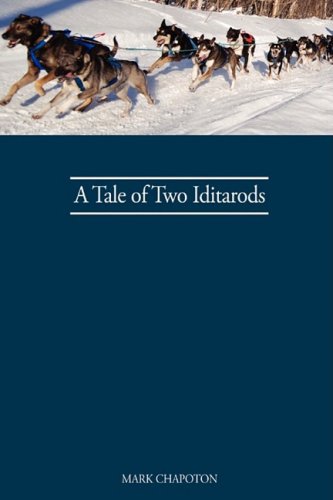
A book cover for A Tale of Two Iditarods; C. Mark Chapoton; Sports & Outdoors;